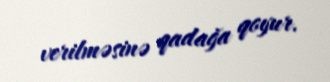
verilməsinə qadağa qoyur.